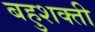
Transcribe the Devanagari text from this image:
बहुशक्ती